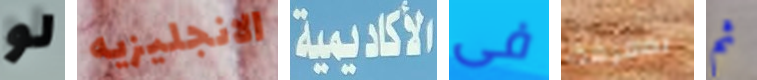
لو الانجليزيه الأكاديمية فى بمعرفة ثم